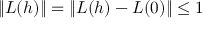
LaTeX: \| L ( h ) \| = \| L ( h ) - L ( 0 ) \| \leq 1